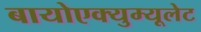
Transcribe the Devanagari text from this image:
बायोएक्युम्यूलेट